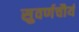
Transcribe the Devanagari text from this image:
सुवर्णचौर्य